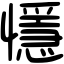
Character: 懚